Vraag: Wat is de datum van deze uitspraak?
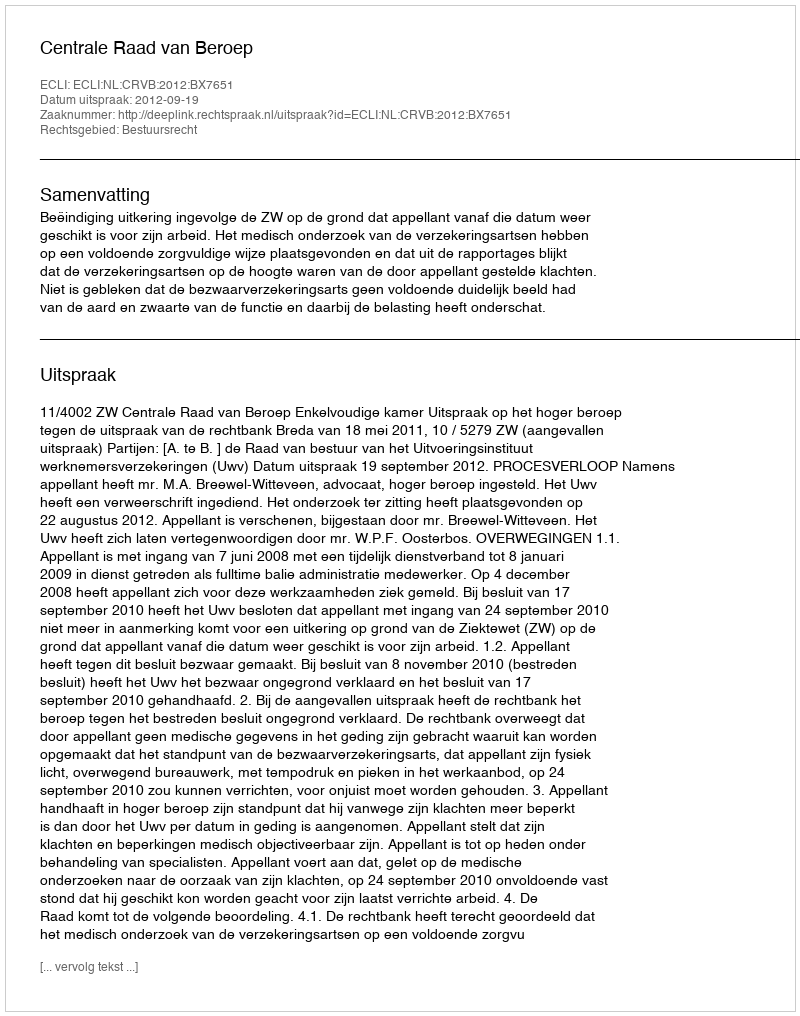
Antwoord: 2012-09-19